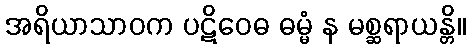
အရိယာသာဝက ပဋိဝေဓ ဓမ္မံ န မစ္ဆရာယန္တိ။